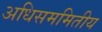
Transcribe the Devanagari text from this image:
अधिसममितीय